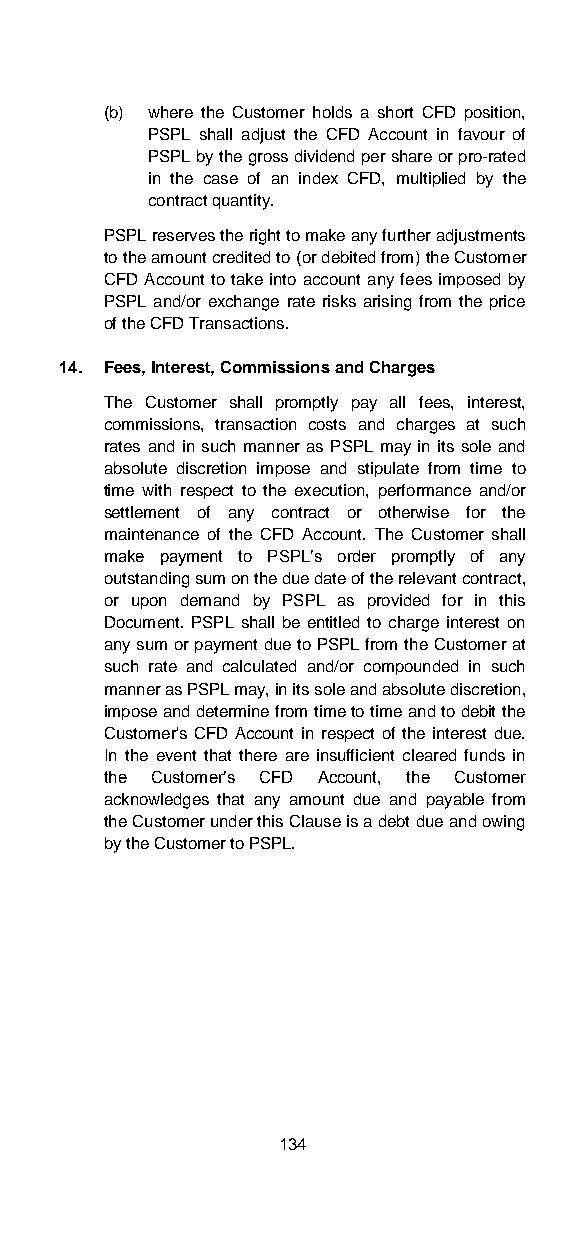
(b) where the Customer holds a short CFD position,
 PSPL shall adjust the CFD Account in favour of
 PSPL by the gross dividend per share or pro-rated
 in the case of an index CFD, multiplied by the
 contract quantity.
 PSPL reserves the right to make any further adjustments
 to the amount credited to (or debited from) the Customer
 CFD Account to take into account any fees imposed by
 PSPL and/or exchange rate risks arising from the price
 of the CFD Transactions.
 14. Fees, Interest, Commissions and Charges
 The Customer shall promptly pay all fees, interest,
 commissions, transaction costs and charges at such
 rates and in such manner as PSPL may in its sole and
 absolute discretion impose and stipulate from time to
 time with respect to the execution, performance and/or
 settlement of any contract or otherwise for the
 maintenance of the CFD Account. The Customer shall
 make payment to PSPL’s order promptly of any
 outstanding sum on the due date of the relevant contract,
 or upon demand by PSPL as provided for in this
 Document. PSPL shall be entitled to charge interest on
 any sum or payment due to PSPL from the Customer at
 such rate and calculated and/or compounded in such
 manner as PSPL may, in its sole and absolute discretion,
 impose and determine from time to time and to debit the
 Customer's CFD Account in respect of the interest due.
 In the event that there are insufficient cleared funds in
 the Customer’s CFD Account, the Customer
 acknowledges that any amount due and payable from
 the Customer under this Clause is a debt due and owing
 by the Customer to PSPL.
 134